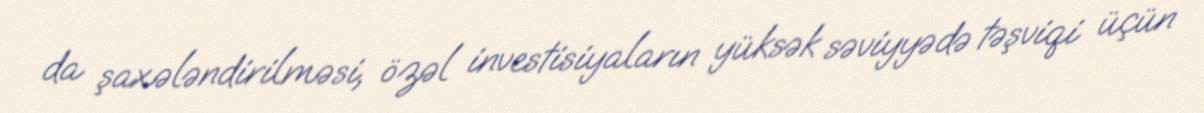
da şaxələndirilməsi, özəl investisiyaların yüksək səviyyədə təşviqi üçün